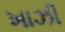
ખાઝી